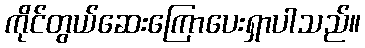
ကိုင်တွယ်ဆေးကြောပေးရှာပါသည်။